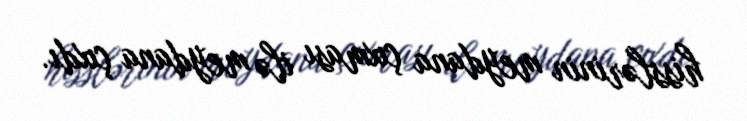
hisslərinin meydana çıxması ilə meydana çıxdı.